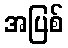
အပြစ်